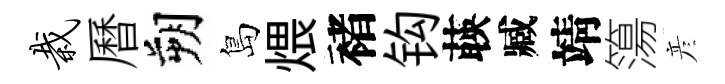
栽曆朔島煨褚钩𦴤臧靖簜彦